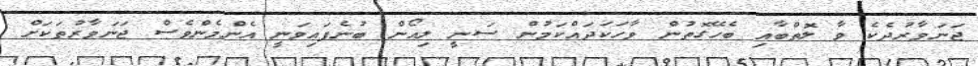
ޖަނަވާރުދެކެ ވާ ލޮތްބާއި ބެހޭގޮތުން ވާހަކަދައްކަމުން ސަނީ ލިއޯން ބުނެފައިވަނީ އެންމެންވެސް ޖަނަވާރުތަކަށް